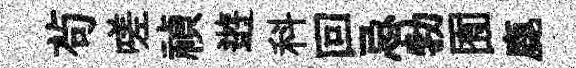
茍嗟禎逰科回忌勃囿鹿